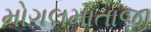
મોગલમાતાજી